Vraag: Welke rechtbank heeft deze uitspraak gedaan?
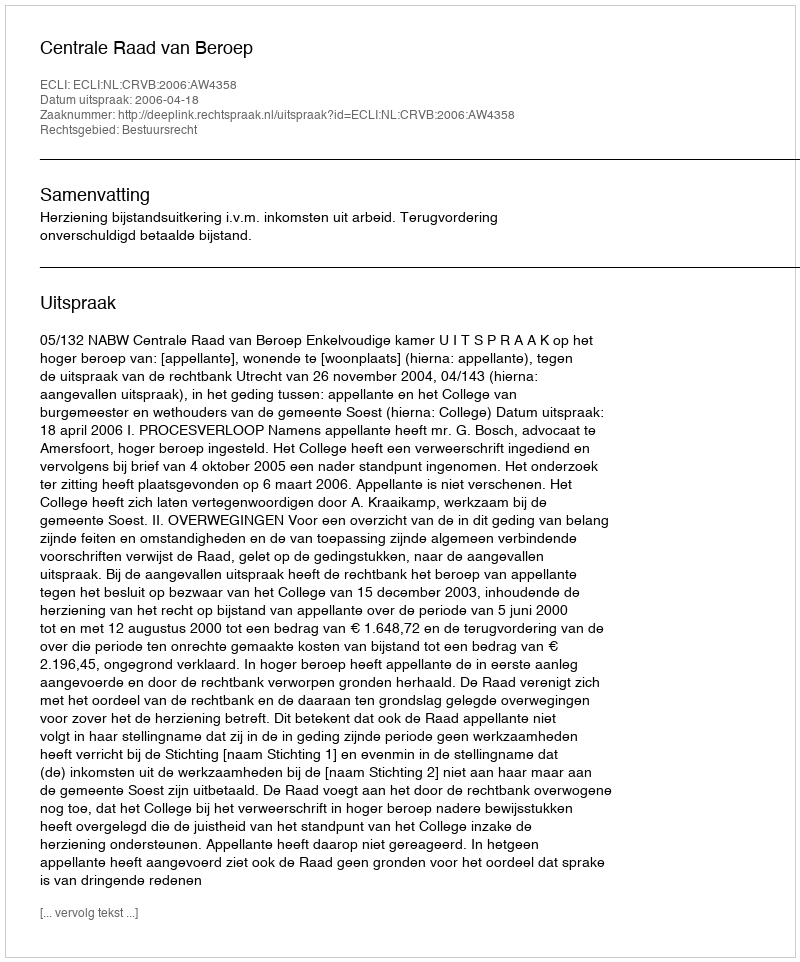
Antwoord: Centrale Raad van Beroep